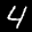
Label: 4